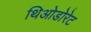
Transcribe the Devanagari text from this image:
थिओडोरेट